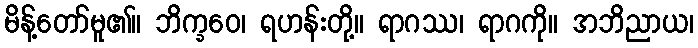
မိန့်တော်မူ၏။ ဘိက္ခဝေ၊ ရဟန်းတို့။ ရာဂဿ၊ ရာဂကို။ အဘိညာယ၊